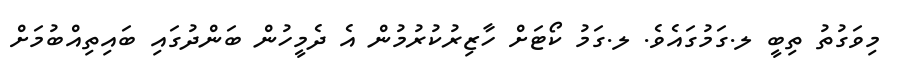
މިވަގުތު ތިބީ ލ.ގަމުގައެވެ. ލ.ގަމު ކޯޓަށް ހާޒިރުކުރުމުން އެ ދެމީހުން ބަންދުގައި ބައިތިއްބުމަށް